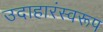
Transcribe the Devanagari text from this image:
उदाहारंस्वरूप